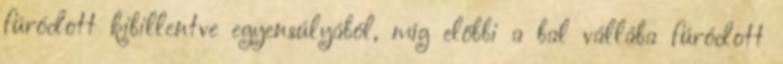
fúródott kibillentve egyensúlyából, míg előbbi a bal vállába fúródott